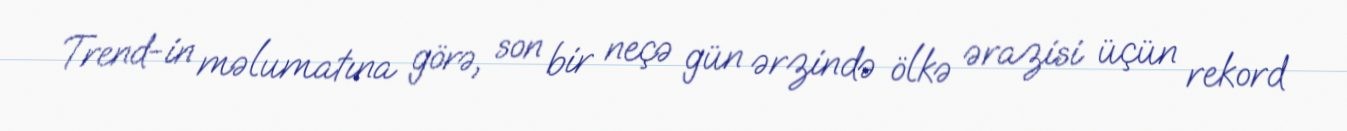
Trend-in məlumatına görə, son bir neçə gün ərzində ölkə ərazisi üçün rekord